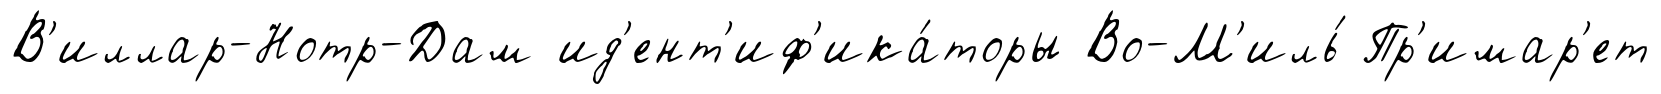
В'иллар-Нотр-Дам ид'ент'иф'ика́торы Во-М'иль́ Пр'имар'ет